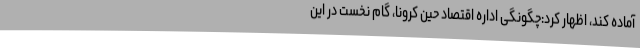
آماده کند، اظهار کرد:چگونگی اداره اقتصاد حین کرونا، گام نخست در این